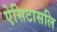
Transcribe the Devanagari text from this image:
ऐसिटासलि